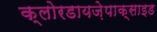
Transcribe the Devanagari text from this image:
क्लोरडायज़ेपाक्साइड